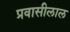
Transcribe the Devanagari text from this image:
प्रवासीलाल